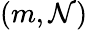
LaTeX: (m,\mathcal{N})